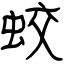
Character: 蛟